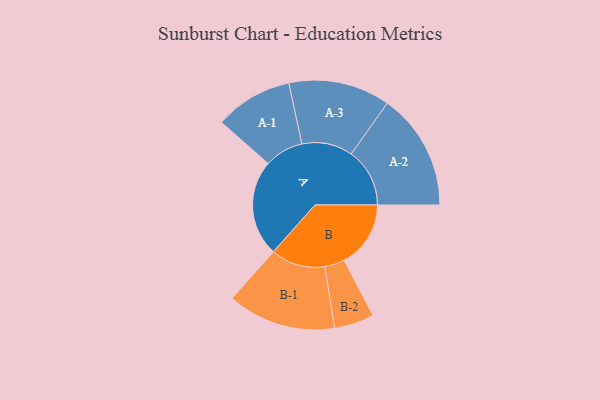
{"axis": {"x": "Segment", "y": "Value"}, "legend": ["", "A", "B"], "data": [{"x": "A", "y": 486, "type": ""}, {"x": "B", "y": 337, "type": ""}, {"x": "A-1", "y": 197, "type": "A"}, {"x": "A-2", "y": 296, "type": "A"}, {"x": "A-3", "y": 257, "type": "A"}, {"x": "B-1", "y": 275, "type": "B"}, {"x": "B-2", "y": 101, "type": "B"}]}